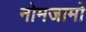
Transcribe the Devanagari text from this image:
नोमजामो